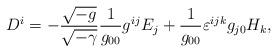
LaTeX: \begin{align*} D^{i} = - \frac{\sqrt{-g}}{\sqrt{-\gamma}}\frac{1}{g_{0 0}} g^{i j} E_{j} + \frac{1}{g_{0 0}} \varepsilon^{i j k} g_{j 0} H_{k}, \end{align*}